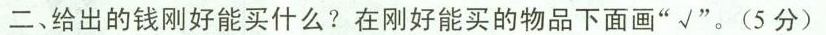
二、给出的钱刚好能买什么?在刚好能买的物品下面画”√”。(5分)